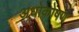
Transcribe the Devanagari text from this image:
अधोकोषण